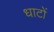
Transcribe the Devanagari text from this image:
धाटों